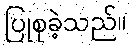
ပြုစုခဲ့သည်။